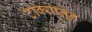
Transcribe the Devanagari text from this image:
टाक्यातून